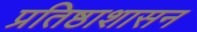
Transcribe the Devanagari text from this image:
प्रतिष्ठाशासन